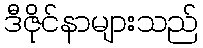
ဒီဇိုင်နာများသည်